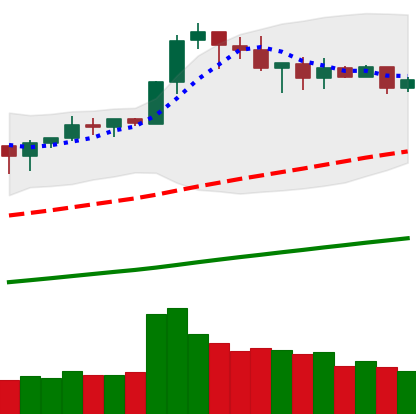
Ticker: BNB-USD
Chart end date: 2019-04-30
Forward return: 4.032%
Label: up_3_5